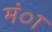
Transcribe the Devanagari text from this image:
मंा